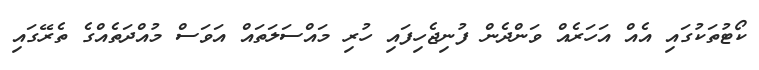
ކޯޓުތަކުގައި އެއް އަހަރެއް ވަންދެން ފުނިޖެހިފައި ހުރި މައްސަލަތައް އަވަސް މުއްދަތެއްގެ ތެރޭގައި